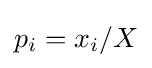
p_{i}=x_{i}/X